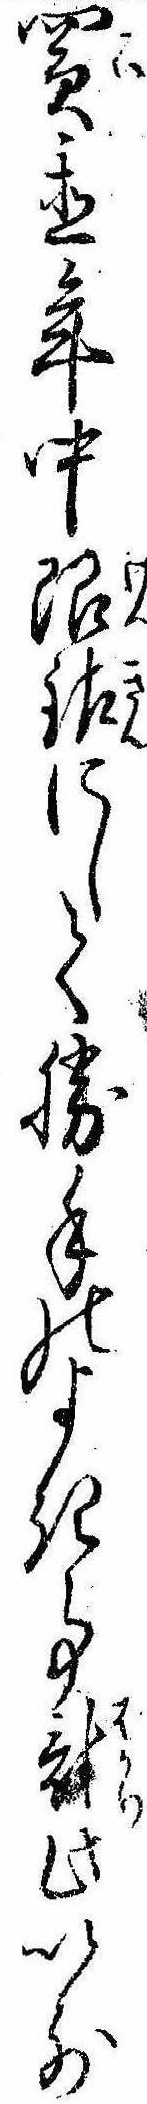
買置年中限銀にして勝手のよき事計此以前